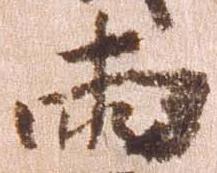
両